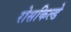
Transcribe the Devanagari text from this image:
रोसकिल्डे